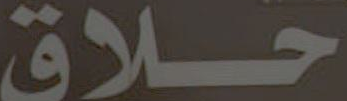
حلاق